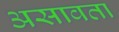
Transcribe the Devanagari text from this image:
असावता